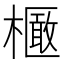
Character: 𣝽